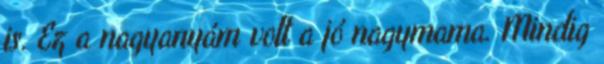
is. Ez a nagyanyám volt a jó nagymama. Mindig